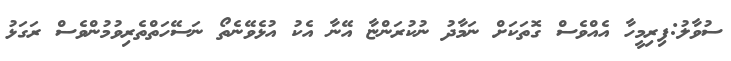
ސުވާލު:ފިރިމީހާ އެއްވެސް ގޮތަކަށް ނަމާދު ނުކުރަންޏާ އޭނާ އެކު އުޅެވޭނެތޯ ނަސޭހަތްތެރިވުމުންވެސް ރަގަޅު